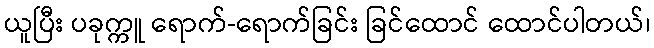
ယူပြီး ပခုက္ကူ ရောက်-ရောက်ခြင်း ခြင်ထောင် ထောင်ပါတယ်၊